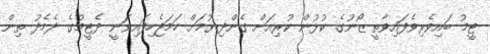
ޓީމު ބައިވެރިވެފައިވާތީ ޒޯނުގެ ކުޅުން ކުރިއަށް ގެންދިޔުމަށް ހަމަޖެހިފައިވަނީ ދެޓީމުގެ ދެމެދު ތިން